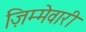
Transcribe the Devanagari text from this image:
ज़िम्मेवारी